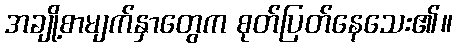
အချို့စာမျက်နှာတွေက စုတ်ပြတ်နေသေး၏။